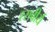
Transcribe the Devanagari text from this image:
रसवीर्य